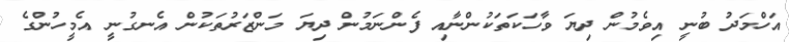
އަހްމަދު ބުނީ އިވެމުން ދިޔަ ވާހަކަތަކުންނާއި ފެންނަމުން ދިޔަ މަންޒަރުތަކުން އެނގުނީ އެމީހުންގެ